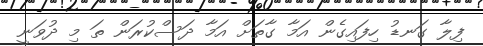
ފިލާ ގަނޑު ހިފައިގެން އަމާ ގާތަށް އަމާ ދަސްކުރަން ތަ މި ދުވަނީ